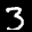
Label: 3